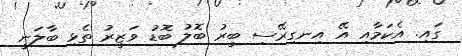
ގައި. އެކަމާއި އޭ އިނގިރޭސި ބީރު ބޮލު ބޮޑު ވަޒީރު ތެޅި ބާލަނީ